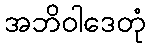
အဘိဝါဒေတုံ